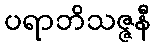
ပရာဘိသဇ္ဇနီ